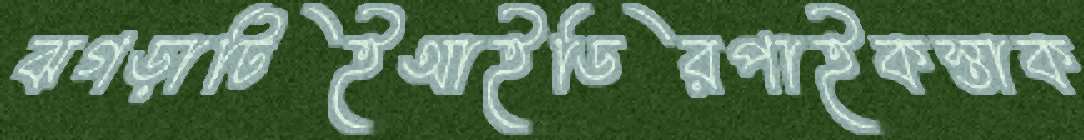
ঝগড়াটিইআইডিরপাইকস্তাক